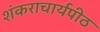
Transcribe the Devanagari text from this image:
शंकराचार्यपीठ